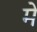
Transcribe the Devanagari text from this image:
में